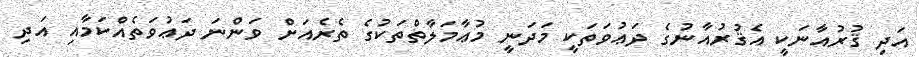
އަދި ޤުރުއާނަކީ އެޤުރުއާނުގެ ދަޢުވަތަކީ މަދަނީ މުޢާމަލާތްތަކުގެ ތެރެއަށް ވަންނަ ދަޢުވަތެއްކަމާއި އަދި